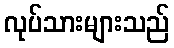
လုပ်သားများသည်